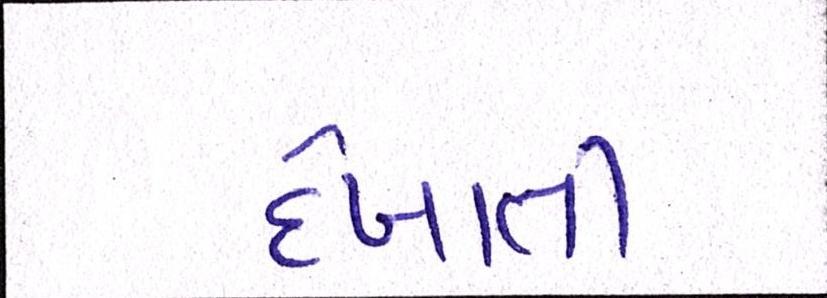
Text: દેખાતી